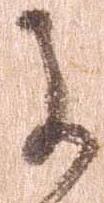
に